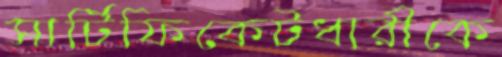
সার্টিফিকেটধারীকে